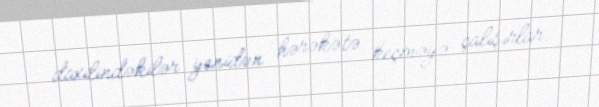
daxilindəkilər yenidən hərəkətə keçməyə çalışırlar.